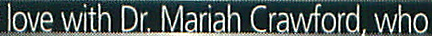
love with Dr. Mariah Crawford. who